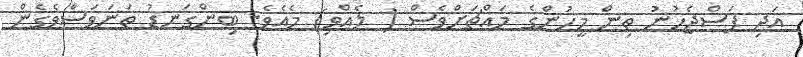
އަދި ފަސްޖެހުނު ތިން މީހުންގެ މައްޗަށްވެސް ( ލެއްވި) މެއެވެ. ބިންގަނޑު ތަނަވަސްވެގެން